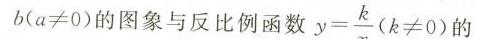
b$$($$a \ne 0$$)的图象与反比例函数 $$y= \frac{k}{x} (k \ne 0)$$ )的